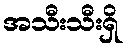
အသီးသီးရှိ